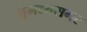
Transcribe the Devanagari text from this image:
भूमध्यसगर